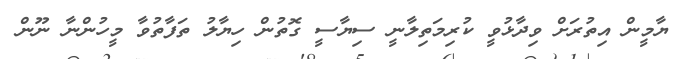
ޔާމީން އިތުރަށް ވިދާޅުވީ ކުރިމަތިލާނީ ސިޔާސީ ގޮތުން ހިޔާލު ތަފާތުވާ މީހުންނާ ނޫން